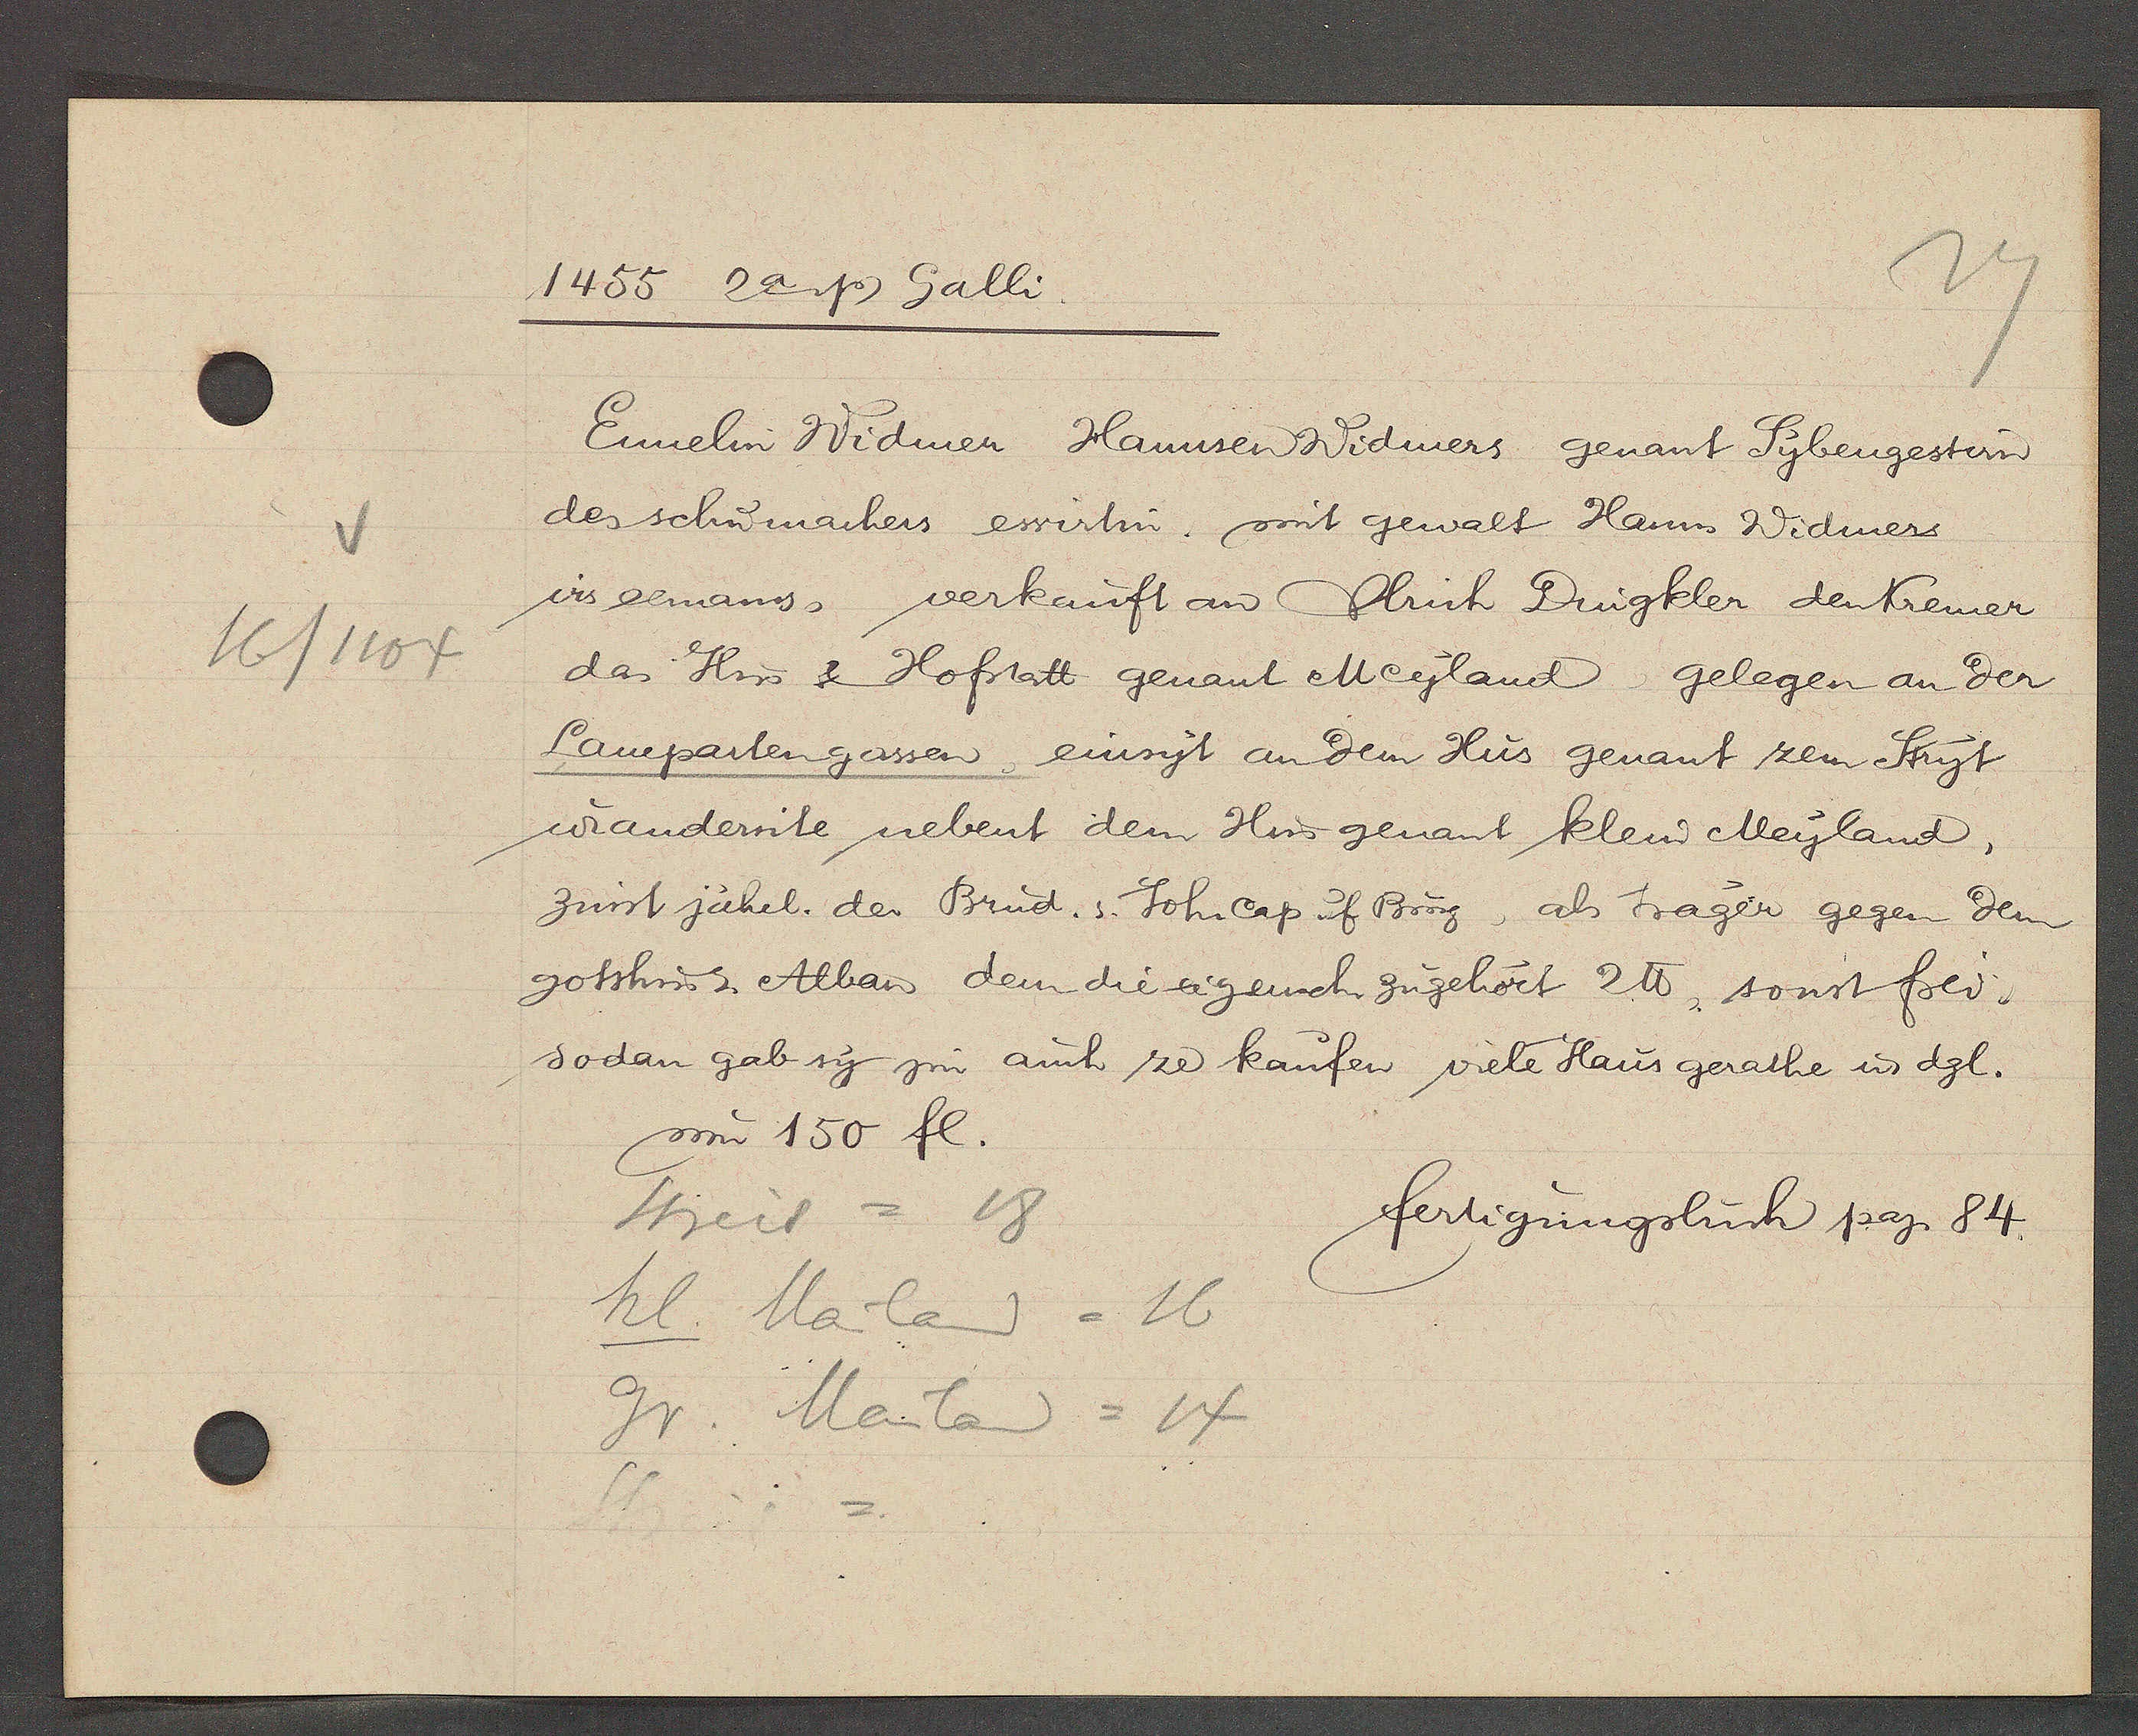
Transcript:
16/1104

1455 2a Ƿ Galli.

Ennelin Widmen Hannsen Widmers genant Sybengestern
des schumachers ewirtin, mit gewalt Hanns Widmers
irs eemans, verkauft an Ulrich Drugkler den Kremer
das Hus & Hofstatt genant Meyland gelegen an der
Laupartengassen, einsyt an dem Hus genant zem Stryt
u. andersite nebent dem Hus genant klein Meyland,
zinst jährl. der Brud. s. Joh. cap uf Burg, als trager gegen dem
gotshus. Alban dem die eigench zugehört 2℔, sonst frei.
sodan gab sy im auch ze kaufen viele Haus gerathe u. dgl.
um 150 fl.

Streit
18
kl. Mailand = 16
Gr. Mailand = 14

fertigungsbuch pag. 84.